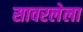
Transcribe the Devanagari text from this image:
सावरलेला